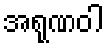
အရုဏဝါ